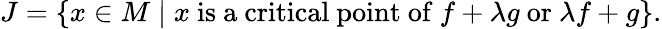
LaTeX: J=\{ x\in M\mid x{\mathrm{~is~a~critical~point~of~}}f+\lambda g{\mathrm{~or~}}\lambda f+g\} .